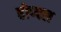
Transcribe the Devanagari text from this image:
होप्फ्ल